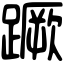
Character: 蹶